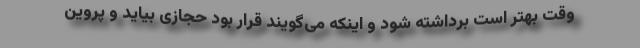
وقت بهتر است برداشته شود و اینکه می‌گویند قرار بود حجازی بیاید و پروین